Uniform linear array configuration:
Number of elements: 4
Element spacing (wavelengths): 1
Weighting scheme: blackman
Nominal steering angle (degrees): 60
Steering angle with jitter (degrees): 58.528
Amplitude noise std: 0.05
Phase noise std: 0.05

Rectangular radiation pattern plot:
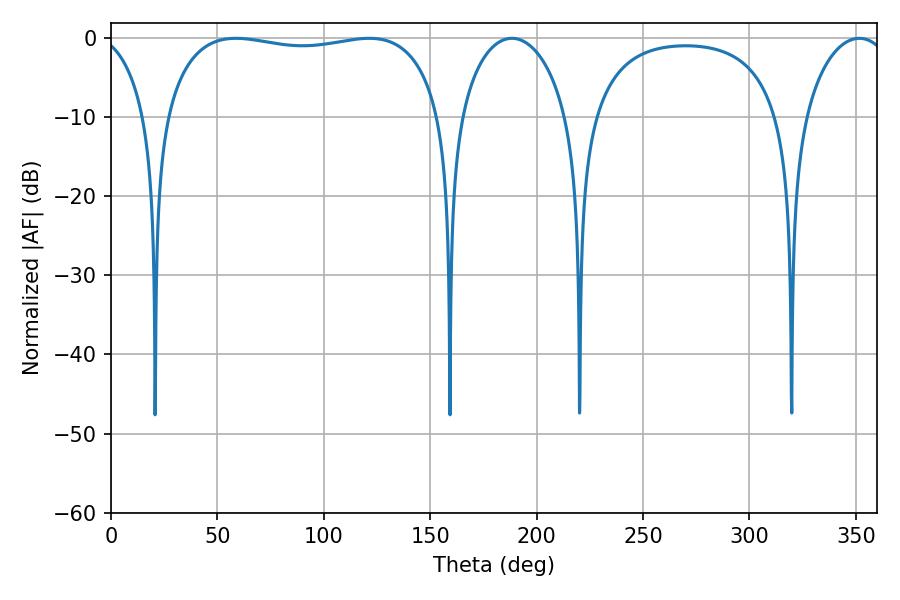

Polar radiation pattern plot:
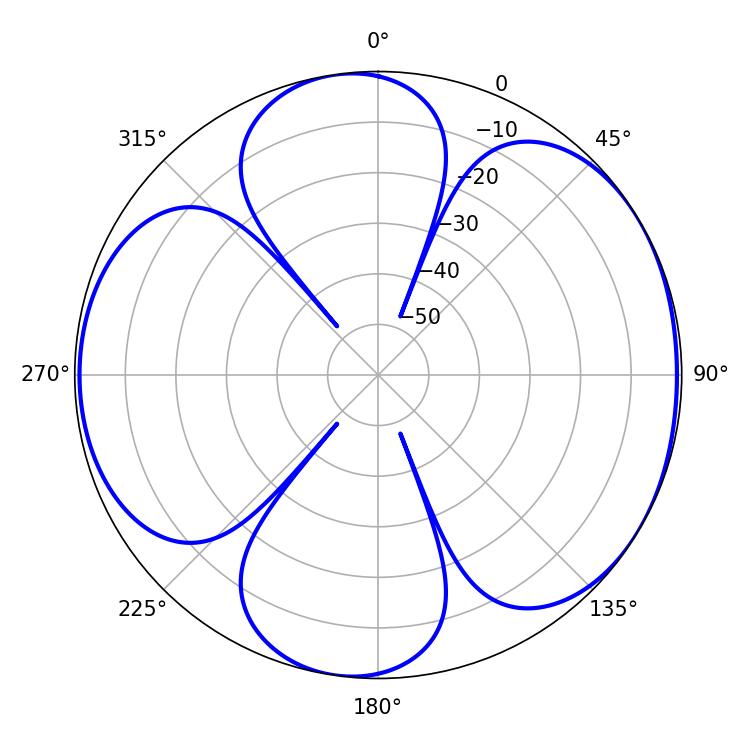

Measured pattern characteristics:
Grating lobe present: TRUE
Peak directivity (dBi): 5.778
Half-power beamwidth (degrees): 105.48
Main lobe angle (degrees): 58.68